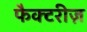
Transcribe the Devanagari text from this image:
फैक्टरीज़